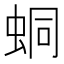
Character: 𧊚